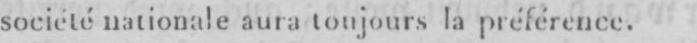
société nationale aura toujours la préférence.